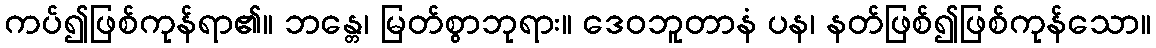
ကပ်၍ဖြစ်ကုန်ရာ၏။ ဘန္တေ၊ မြတ်စွာဘုရား။ ဒေဝဘူတာနံ ပန၊ နတ်ဖြစ်၍ဖြစ်ကုန်သော။